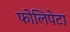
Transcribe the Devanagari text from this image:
फोलिपेटा